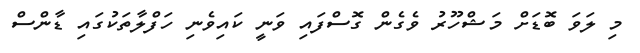
މި ލަވަ ބޮޑަށް މަޝްހޫރު ވެގެން ގޮސްފައި ވަނީ ކައިވެނި ހަފްލާތަކުގައި ޑާންސް